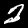
Label: 2